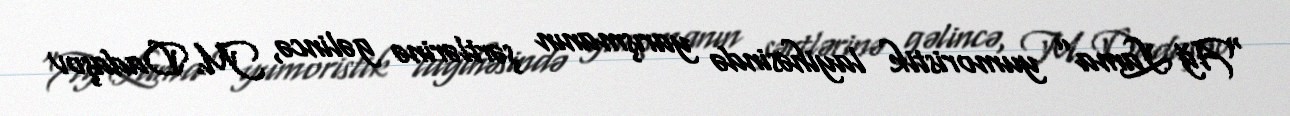
“Ağ Lama” yumoristik layihəsində yarışmanın şərtlərinə gəlincə, M. Dadaşov